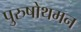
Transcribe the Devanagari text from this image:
पुरुषोथमन